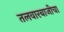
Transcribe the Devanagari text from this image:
तलवारबाजीचा